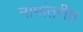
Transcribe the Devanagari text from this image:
नामांतरीत